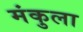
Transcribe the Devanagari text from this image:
मंकुला